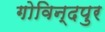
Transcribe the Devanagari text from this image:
गोविन्‍दपुर